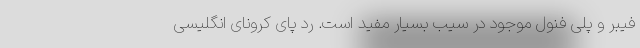
فیبر و پلی فنول موجود در سیب بسیار مفید است. رد پای کرونای انگلیسی